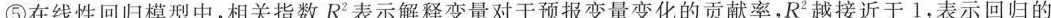
⑤在线性回归模型中，相关指数R^{2}表示解释变量对于预报变量变化的贡献率，R^{2}越接近于1，表示回归的